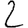
Digit: 2